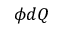
\phi d Q